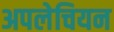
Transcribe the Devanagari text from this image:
अपलेचियन